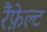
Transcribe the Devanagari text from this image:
रैंफ़ेल्ट